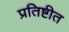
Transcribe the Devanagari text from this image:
प्रतिष्टीत